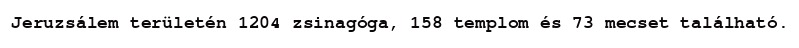
Jeruzsálem területén 1204 zsinagóga, 158 templom és 73 mecset található.